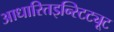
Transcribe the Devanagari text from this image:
आधारितइन्स्टिट्यूट